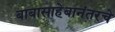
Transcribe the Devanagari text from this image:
बाबासाहेबानंतरचे